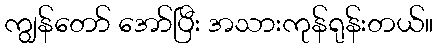
ကျွန်တော် အော်ပြီး အသားကုန်ရုန်းတယ်။